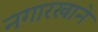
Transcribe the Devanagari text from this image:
नगारखाने